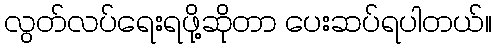
လွတ်လပ်ရေးရဖို့ဆိုတာ ပေးဆပ်ရပါတယ်။